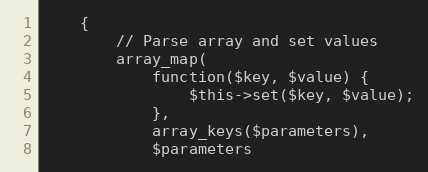
Language: PHP
    {
        // Parse array and set values
        array_map(
            function($key, $value) {
                $this->set($key, $value);
            },
            array_keys($parameters),
            $parameters